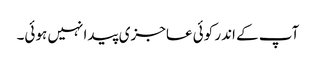
آپ کے اندر کوئی عاجزی پیدا نہیں ہوئی۔